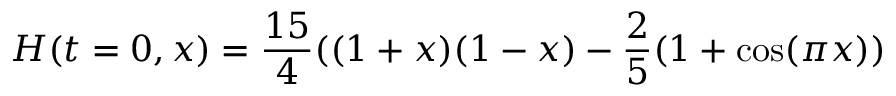
H ( t = 0 , x ) = \frac { 1 5 } { 4 } ( ( 1 + x ) ( 1 - x ) - \frac 2 5 ( 1 + \cos ( \pi x ) )